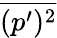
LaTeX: \overline{{(p^{\prime})^{2}}}